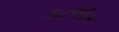
કટલીક